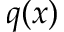
q ( x )